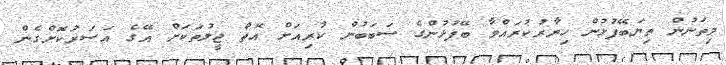
މިތަނުން ތިޔަބޭފުޅުން ހިޔާރުކުރައްވާ ބޭފުޅުންގެ ސަބަބުން ކުރިއަށް އޮތް ޖީލުތަކަށް އޭގެ އަސަރުކޮށްގެން